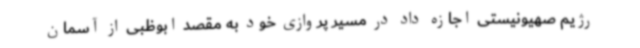
رژیم صهیونیستی اجازه داد در مسیر پروازی خود به مقصد ابوظبی از آسمان